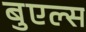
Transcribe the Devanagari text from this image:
बुएल्स